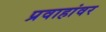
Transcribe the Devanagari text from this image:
प्रवाहांवर